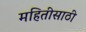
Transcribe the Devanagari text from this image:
महितीसाठी